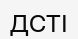
ДСТІ